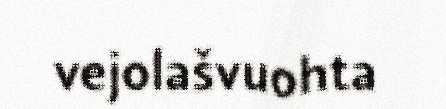
vejolašvuohta